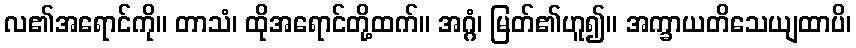
လ၏အရောင်ကို။ တာသံ၊ ထိုအရောင်တို့ထက်။ အဂ္ဂံ၊ မြတ်၏ဟူ၍။ အက္ခာယတိသေယျထာပိ၊